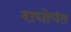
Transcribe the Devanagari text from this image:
राघोपंत